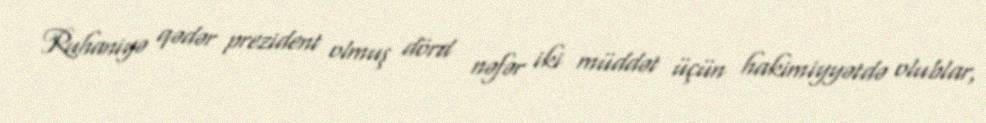
Ruhaniyə qədər prezident olmuş dörd nəfər iki müddət üçün hakimiyyətdə olublar,